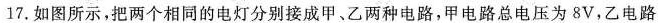
17. 如图所示，把两个相同的电灯分别接成甲、乙两种电路，甲电路总电压为8V，乙电路